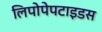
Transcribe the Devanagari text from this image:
लिपोपेपटाइडस